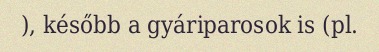
), később a gyáriparosok is (pl.